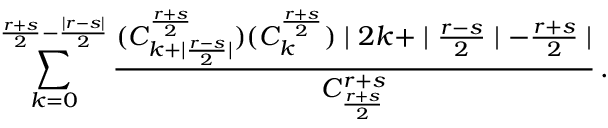
\sum _ { k = 0 } ^ { \frac { r + s } { 2 } - \frac { \mid r - s \mid } { 2 } } \frac { ( C _ { k + \mid \frac { r - s } { 2 } \mid } ^ { \frac { r + s } { 2 } } ) ( C _ { k } ^ { \frac { r + s } { 2 } } ) \mid 2 k + \mid \frac { r - s } { 2 } \mid - \frac { r + s } { 2 } \mid } { C _ { \frac { r + s } { 2 } } ^ { r + s } } \, .